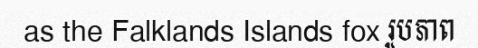
as the Falklands Islands fox រូបភាព